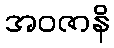
အဝဇာနိ